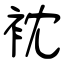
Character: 衴